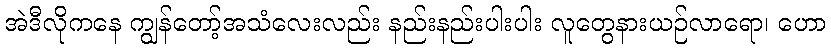
အဲဒီလိုကနေ ကျွန်တော့်အသံလေးလည်း နည်းနည်းပါးပါး လူတွေနားယဉ်လာရော၊ ဟော